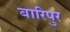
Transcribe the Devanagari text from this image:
बारिपुर